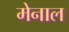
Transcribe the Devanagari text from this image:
मेनाल